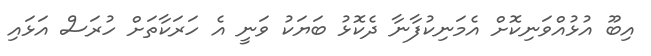
އިބޫ އުޅުއްވަނިކޮށް އެމަނިކުފާނާ ދެކޮޅު ބަޔަކު ވަނީ އެ ހަރަކާތަށް ހުރަސް އަޅައި